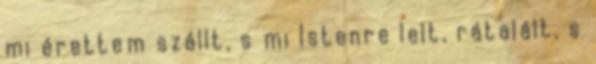
mi érettem szállt, s mi Istenre lelt, rátalált, s